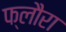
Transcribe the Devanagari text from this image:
फ्लौरा